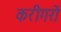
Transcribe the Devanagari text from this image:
करीगरों